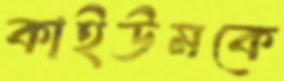
কাইউমকে